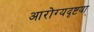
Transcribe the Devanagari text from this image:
आरोग्यदृष्टया